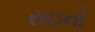
રાઇનો